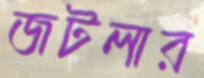
জটলার